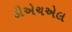
ડીએચએલ